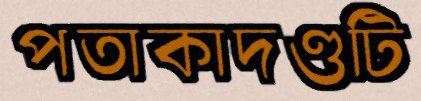
পতাকাদণ্ডটি